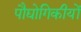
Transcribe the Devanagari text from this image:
पौद्योगिकीयों